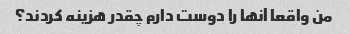
من واقعا آنها را دوست دارم چقدر هزینه کردند؟